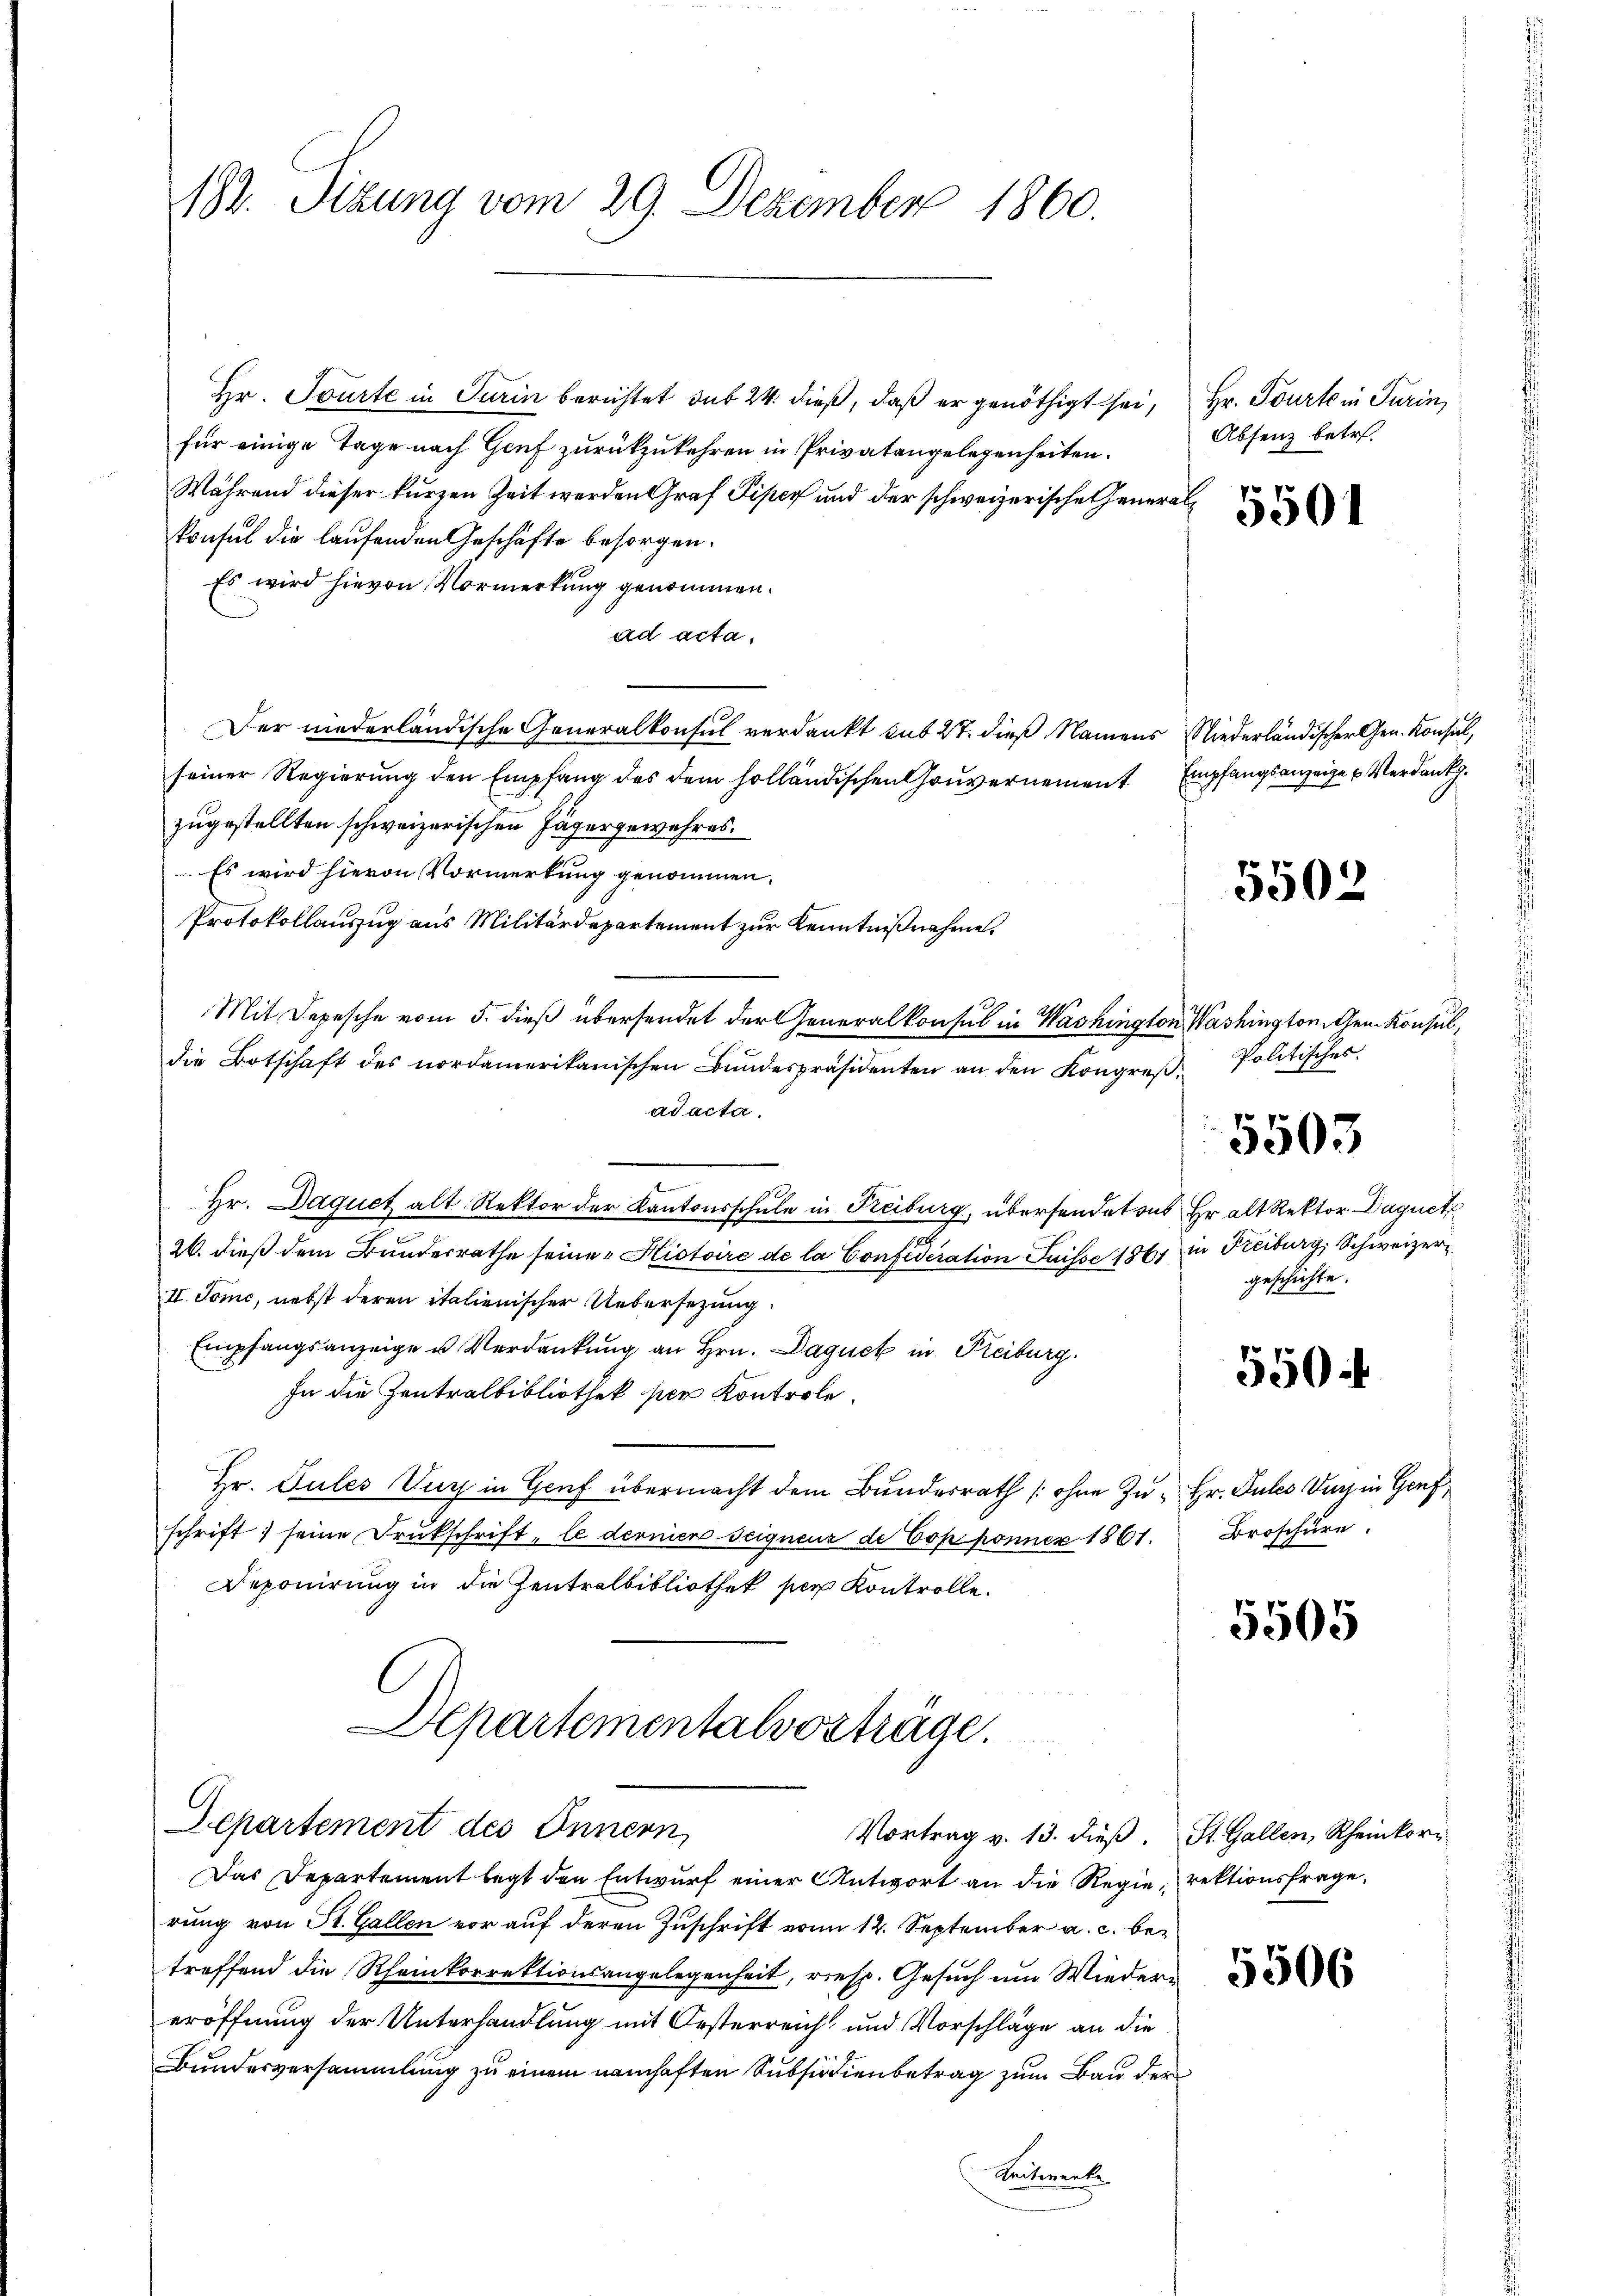
182. Sizung vom 29. Dezember 1860.

Hr. Tourte in Turin berichtet sub 24. dieß, daß er genöthigt sei,
für einige Tage nach Genf zurückzukehren in Privatangelegenheiten.
Während dieser kurzen Zeit werden Graf Piper und der schweizerische Generalkonsul die laufenden Geschäfte besorgen.
Es wird hievon Vormerkung genommen.
ad acta.
Der niederländische Generalkonsul verdankt sub 27. dieß Namens Niederländischer Gen. Konsul,
seiner Regierung den Empfang des dem holländischen Gouvernement
zugestellten schweizerischen Jägergewahres.
Es wird hievon Vormerkung genommen,
Protokollauszug aus Militärdepartement zur Kenntnißnahme.
Mit Depesche vom 5. dieß übersendet der Generalkonsul in Washington Washingtonten Konsul,
die Botschaft des nordamerikanischen Bundespräsidenten an den Kongreß-
ad acta.
Hr. Daquet alt Rektor der Kantonsschule in Freiburg, übersendet aus Er alt Rektor Daquet
.
26. dieß dem Bundesrathe seine Histoire de la Confideration Juisse 1861 in Freiburg, Schweizer¬
II. Jone, nebst deren italienischer Uebersezung
Empfangsanzeige u. Verdankung an Hrn. Daquet in Reiburg
In die Zentralbibliothek per Kontrole.
Hr. Gutes Zug in Genf übermacht dem Bundesrath (ohne Zu- Hr. Pules Dach in Genf,
schrift; seine Drukschrift, le dernier seigneur de Copponner 1861.
Deponirung in die Zentralbibliothek per Kontrolle.
Departementalvorträge.
Departement des Innern,
Vortrag v. 13. dieß.
Das Departement legt den Entwurf einer Antwort an die Regierektionsfrage,
rung von St. Gallen vor auf deren Zuschrift vom 12. September a. c. betreffend die Rheinkorrektionsangelegenheit, resp. Gesuch um Wiedereröffnung der Unterhandlung mit Oesterreich und Vorschläge an die
Bundesversammlung zu einem namhaften Subsidienbetrag zum Bau der
Zeitwerke

Hr. Tourt in Turin,
Absenz betr.
5501

Empfangsanzeige u. Verdank.

5502

Politisches.
geschichte.

5503

550.

Broschüre.

5505

St. Gallen, Rheinkorr

5506